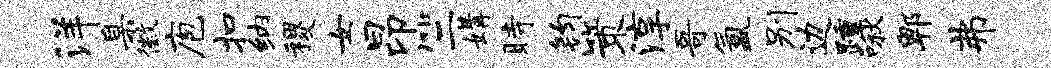
洋臬徽庖扣纳稷女昂竺媾时钧策淳哥氲别边踵啾郫弗